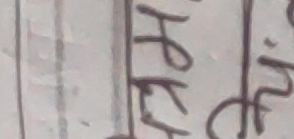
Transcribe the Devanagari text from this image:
हे
फे